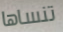
تنساها